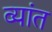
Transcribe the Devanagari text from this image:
व्यांत